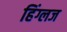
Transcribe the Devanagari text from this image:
हिंग्लज